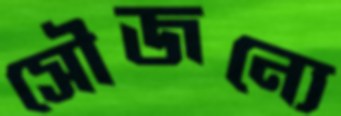
সৌজন্যে